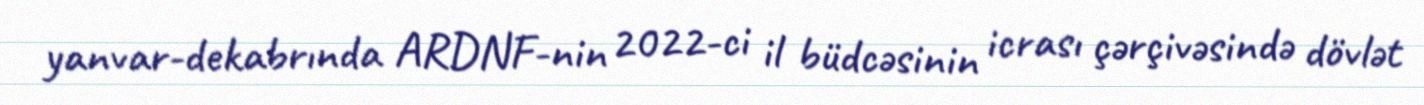
yanvar-dekabrında ARDNF-nin 2022-ci il büdcəsinin icrası çərçivəsində dövlət